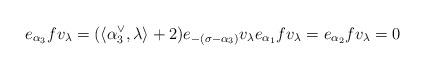
LaTeX: \begin{align*}e_{\alpha_3} f v_\lambda = (\langle \alpha_3^\vee, \lambda \rangle + 2) e_{-(\sigma - \alpha_3)} v_\lambda e_{\alpha_1} f v_\lambda = e_{\alpha_2} f v_\lambda = 0\end{align*}